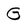
Character: G